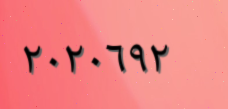
٢٠٢٠٦٩٢